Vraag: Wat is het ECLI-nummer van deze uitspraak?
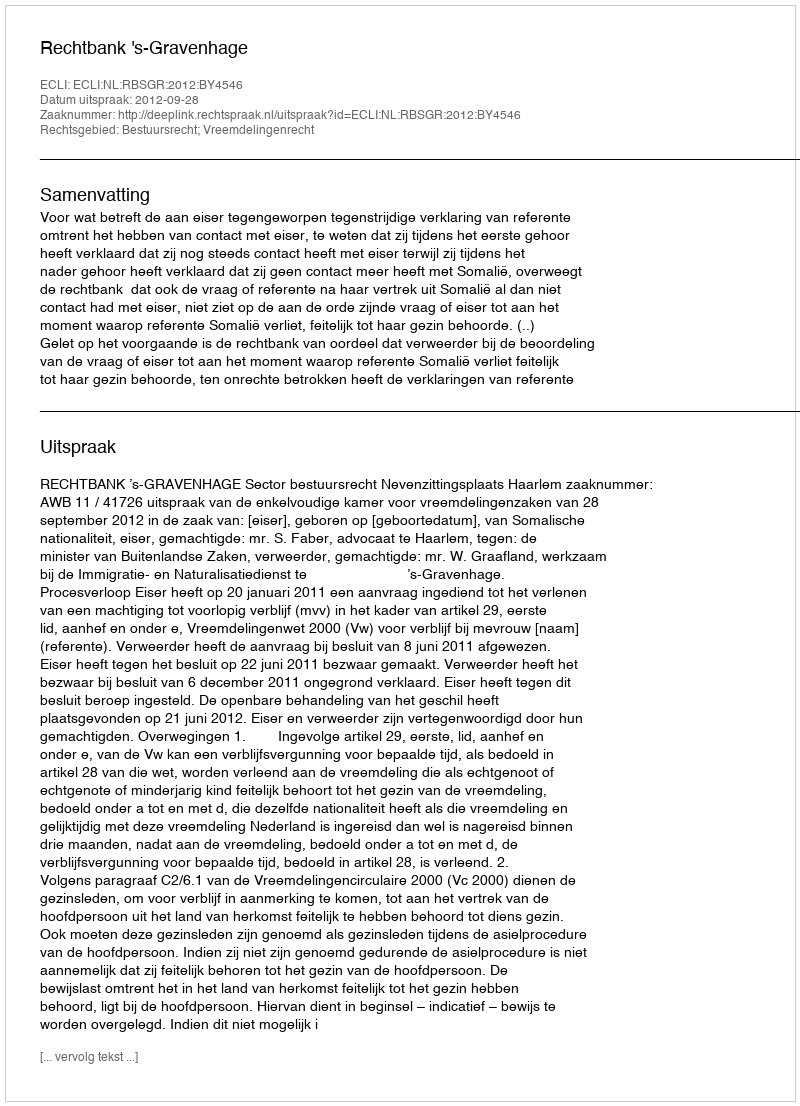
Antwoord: ECLI:NL:RBSGR:2012:BY4546